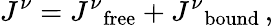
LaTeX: J^{\nu}={J^{\nu}}_{\mathrm{free}}+{J^{\nu}}_{\mathrm{bound}}\, ,